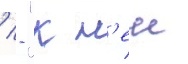
/ - "к н'еи